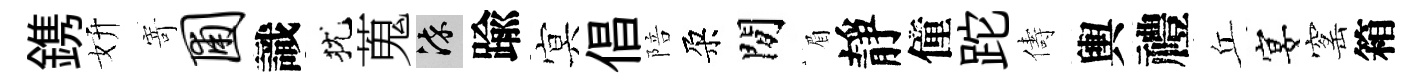
鎸妍𭔃圃識犹蒐染踰㝠倡陪朶閒眉靜僮跎儔輿禮丘宴窰箱